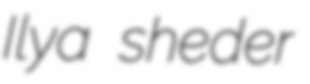
Ilya sheder